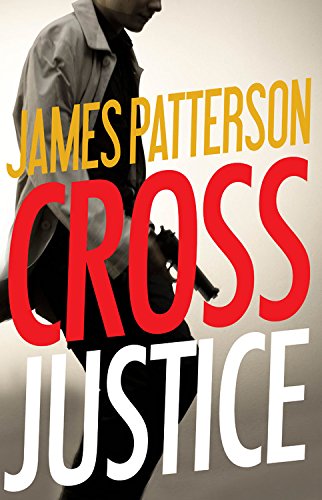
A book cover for Cross Justice (Alex Cross); James Patterson; Mystery, Thriller & Suspense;